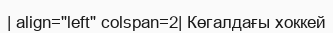
| align="left" colspan=2| Көгалдағы хоккей